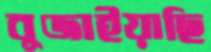
বুজাইয়াছি